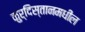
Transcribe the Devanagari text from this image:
कुर्दिस्तानमधील